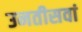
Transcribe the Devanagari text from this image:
उनतीसवां